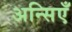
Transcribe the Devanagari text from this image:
अन्सिएँ